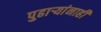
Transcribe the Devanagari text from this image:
पुढार्‍यांनाही